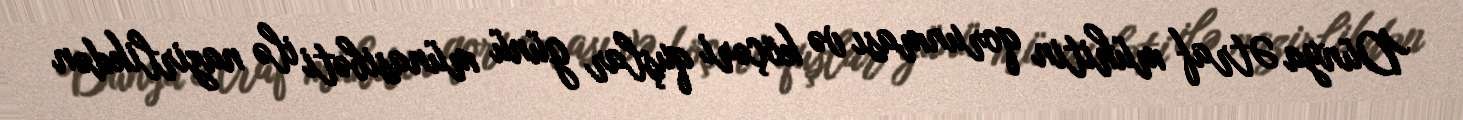
Dünya Ətraf mühitin qorunması və köçəri quşlar günü münasibəti ilə nazirlikdən